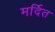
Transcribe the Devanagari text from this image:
मर्दित